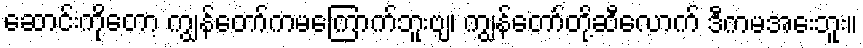
ဆောင်းကိုတော့ ကျွန်တော်ကမကြောက်ဘူးဗျ၊ ကျွန်တော်တို့ဆီလောက် ဒီကမအေးဘူး။